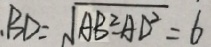
. B D = \sqrt { A B ^ { 2 } - A D ^ { 2 } } = 6